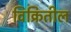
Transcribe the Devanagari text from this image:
विक्रितील